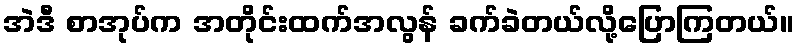
အဲဒီ စာအုပ်က အတိုင်းထက်အလွန် ခက်ခဲတယ်လို့ပြောကြတယ်။